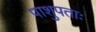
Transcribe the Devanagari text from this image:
पाशुपताः